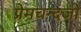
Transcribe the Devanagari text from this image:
प्रेमचन्दजी